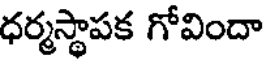
ధర్మస్థాపక గోవిందా